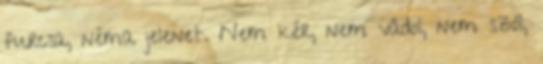
furcsa, néma jelenet. Nem kér, nem vádol, nem szól,